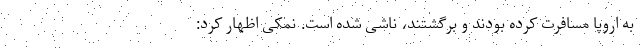
به اروپا مسافرت کرده بودند و برگشتند، ناشی شده است. نمکی اظهار کرد: